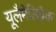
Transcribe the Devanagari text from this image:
यूलैमेलिब्रैक